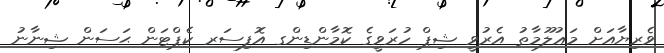
ވެރިޔާއަށް މަޢުލޫމާތު އެރުވީ ޝިޕް ހުރަވީގެ ކޮމާންޑިންގ އޮފިސަރ ކެޕްޓަން ޙަސަން ޝިނާނު